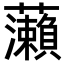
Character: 𬟣